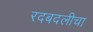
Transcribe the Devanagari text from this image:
रदबदलीचा